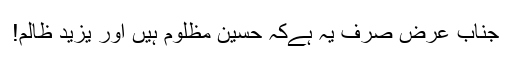
جناب عرض صرف یہ ہےکہ حسینؓ مظلوم ہیں اور یزید ظالم!